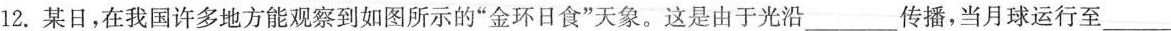
12. 某日，在我国许多地方能观察到如图所示的”金环日食”天象。这是由于光沿___传播，当月球运行至___